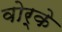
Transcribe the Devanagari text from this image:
वोर्के